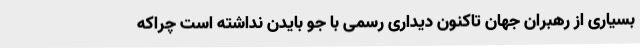
بسیاری از رهبران جهان تاکنون دیداری رسمی با جو بایدن نداشته است چراکه